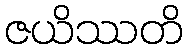
ဇယိဿတိ